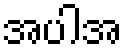
အပါအ